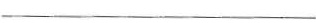
___